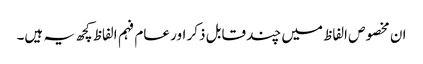
ان مخصوص الفاظ میں چند قابل ذکر اور عام فہم الفاظ کچھ یہ ہیں۔